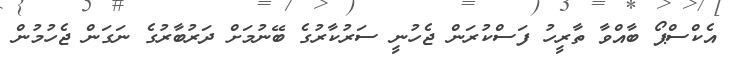
އެކްސްޕޯ ބާއްވާ ތާރީހު ފަސްކުރަން ޖެހުނީ ސަރުކާރުގެ ބޭނުމަށް ދަރުބާރުގެ ނަގަން ޖެހުމުން